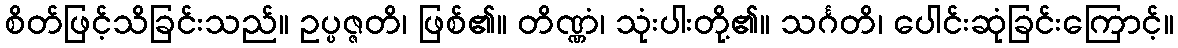
စိတ်ဖြင့်သိခြင်းသည်။ ဥပ္ပဇ္ဇတိ၊ ဖြစ်၏။ တိဏ္ဏံ၊ သုံးပါးတို့၏။ သင်္ဂတိ၊ ပေါင်းဆုံခြင်းကြောင့်။